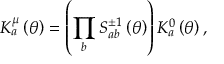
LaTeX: K _ { a } ^ { \mu } \left( \theta \right) = \left( \prod _ { b } S _ { a b } ^ { \pm 1 } \left( \theta \right) \right) K _ { a } ^ { 0 } \left( \theta \right) ,